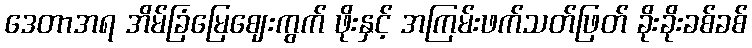
ဒေတာအရ အိမ်ခြံမြေဈေးကွက် ဖိုးနှင့် အကြမ်းဖက်သတ်ဖြတ် ခိုးခိုးခစ်ခစ်